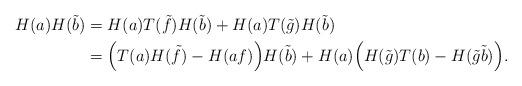
LaTeX: \begin{align*}H(a)H(\tilde{b}) &= H(a)T(\tilde{f})H(\tilde{b}) + H(a)T(\tilde{g})H(\tilde{b}) \\&=\Big(T(a)H(\tilde{f})-H(af)\Big)H(\tilde{b})+H(a)\Big(H(\tilde{g})T(b)-H(\tilde{g}\tilde{b}) \Big).\end{align*}